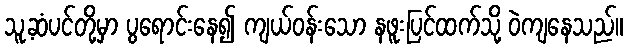
သူ့ဆံပင်တို့မှာ ပွရောင်းနေ၍ ကျယ်ဝန်းသော နဖူးပြင်ထက်သို့ ဝဲကျနေသည်။